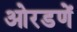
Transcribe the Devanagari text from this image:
ओरडणें